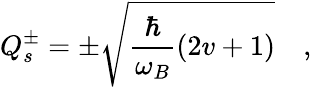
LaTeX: Q_{s}^{\pm}=\pm\sqrt{\frac{\hbar}{\omega_{B}}(2v+1)}\quad,